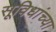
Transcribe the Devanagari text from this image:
सूविधांच्या